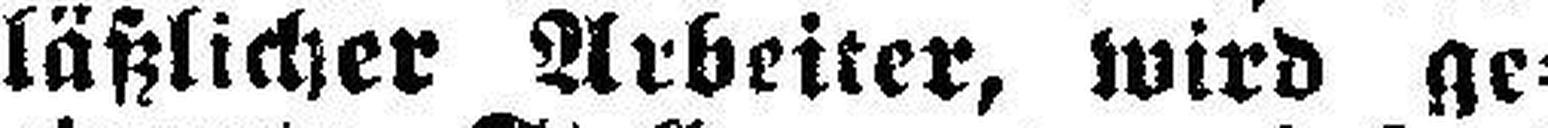
läßlicher Arbeiter, wird ge¬